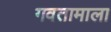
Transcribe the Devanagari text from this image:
गवतामाला